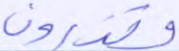
وتذرون